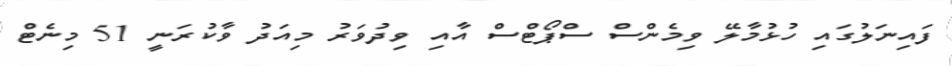
ފައިނަލުގައި ހުޅުމާލޭ ވިމެންސް ސްޕޯޓްސް އާއި ވިދުވަރު މިއަދު ވާކުރަނީ 51 މިނެޓް